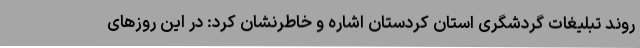
روند تبلیغات گردشگری استان کردستان اشاره و خاطرنشان کرد: در این روزهای